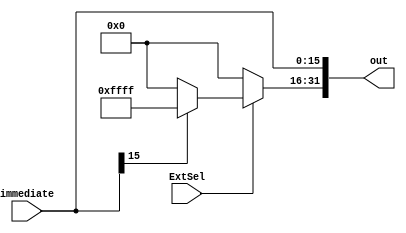
`timescale 1ns / 1ps
//////////////////////////////////////////////////////////////////////////////////
// Company: 
// Engineer: 
// 
// Design Name: 
// Module Name: sineZeroExtend
// Project Name: 
// Target Devices: 
// Tool Versions: 
// Description: 
// 
// Dependencies: 
// 
// Revision:
// Revision 0.01 - File Created
// Additional Comments:
// 
//////////////////////////////////////////////////////////////////////////////////


module signZeroExtend(immediate, ExtSel, out);  
    input [15:0] immediate;  
     input ExtSel;  
     output [31:0] out;  
       
     assign out[15:0] = immediate;  
     assign out[31:16] = ExtSel? (immediate[15]? 16'hffff : 16'h0000) : 16'h0000;  
  
endmodule